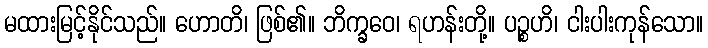
မထားမြင့်နိုင်သည်။ ဟောတိ၊ ဖြစ်၏။ ဘိက္ခဝေ၊ ရဟန်းတို့။ ပဉ္စဟိ၊ ငါးပါးကုန်သော။